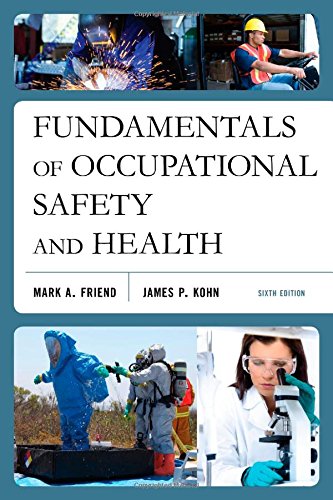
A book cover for Fundamentals of Occupational Safety and Health; Mark A. Friend; Health, Fitness & Dieting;